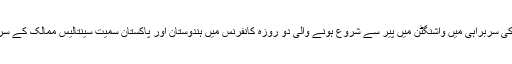
امریکی صدر براک اوباما کی سربراہی میں واشنگٹن میں پیر سے شروع ہونے والی دو روزہ کانفرنس میں ہندوستان اور پاکستان سمیت سینتالیس ممالک کے سربراہان شرکت کررہے ہیں۔